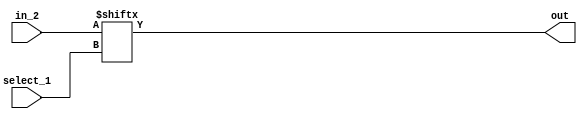
module multiplexer_2to1(in_2, select_1, out);
    input[1:0] in_2;
    input select_1;
    output out;

    assign out = in_2[select_1];

endmodule

module multiplexer_4to1_using_2to1(in_4, select_2, out);
    input[3:0] in_4;
    input[1:0] select_2;
    output out;

    wire out0, out1;

    multiplexer_2to1 m1(in_4[1:0], select_2[0], out0);
    multiplexer_2to1 m2(in_4[3:2], select_2[0], out1);
    multiplexer_2to1 m3({out1, out0}, select_2[1], out);


    always @(in_4, select_2)
        #0 $display("Input lines : %b\nSelect lines : %b\nOutput : %b\n", in_4, select_2, out);

endmodule


module mux_tree_test;
    reg[3:0] in_4;
    reg[1:0] select_2;
    wire out;

    multiplexer_4to1_using_2to1 wire_driver(in_4, select_2, out);

    initial begin
        in_4 = 4'b1101;
            select_2 = 2'b00;
        #10 select_2 = 2'b01;
        #10 select_2 = 2'b10;
        #10 select_2 = 2'b11;



    end

endmodule